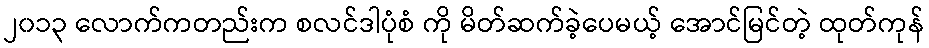
၂၀၁၃ လောက်ကတည်းက စလင်ဒါပုံစံ ကို မိတ်ဆက်ခဲ့ပေမယ့် အောင်မြင်တဲ့ ထုတ်ကုန်